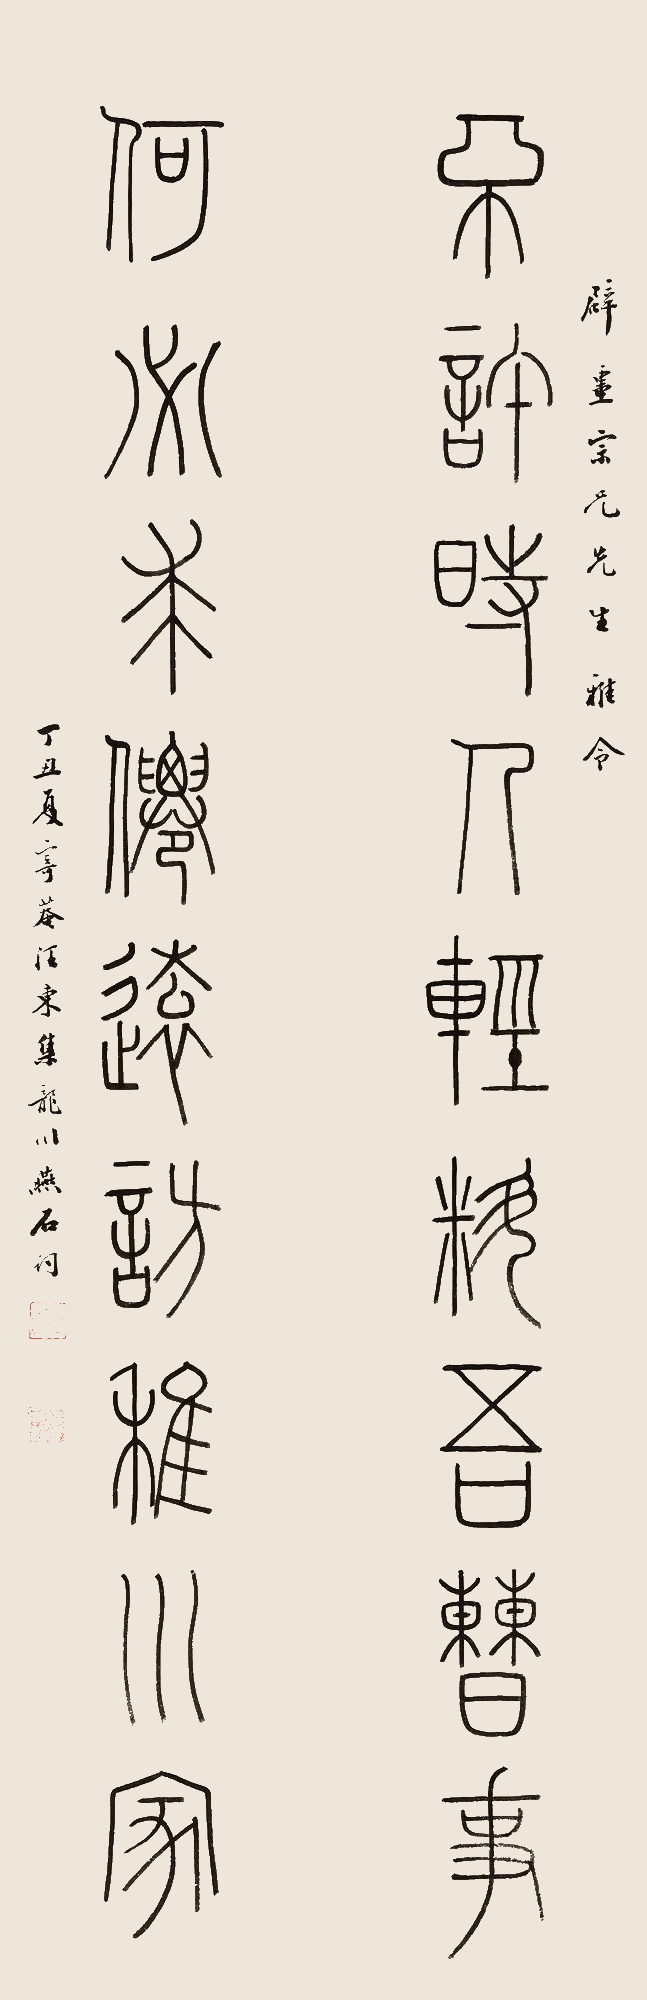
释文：不许时人轻料吾曹事，何必求仙远访稚川家。辟疆宗兄先生雅令。丁丑夏，寄庵汪东集龙川燕石词。